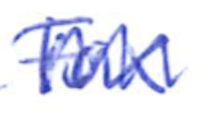
Text: Fox
Cross-out: zig-zag
Writing tool: ballpoint